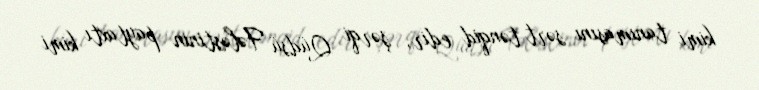
kimi tanımasını sərt tənqid edir, şərqi Qüdsü Fələstinin paytaxtı kimi